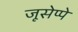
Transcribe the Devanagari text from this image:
जूसेप्पे